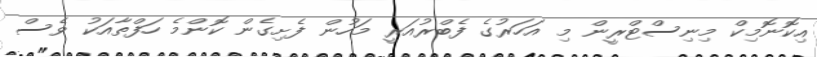
އިކޮނޮމިކް މިނިސްޓްރީން މި އަހަރުގެ ފެބްރުއަރީ މަހުން ފެށިގެން ކޮންމެ ހަފްތާއަކު ވެސް